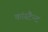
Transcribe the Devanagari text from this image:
कांस्टैन्ट